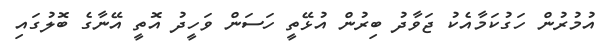
އުމުރުން ހަގުކަމާއެކު ޖަވާދު ބިރުން އުޅޭތީ ހަސަން ވަހީދު އޮތީ އޭނާގެ ބޮލުގައި